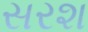
સરશ